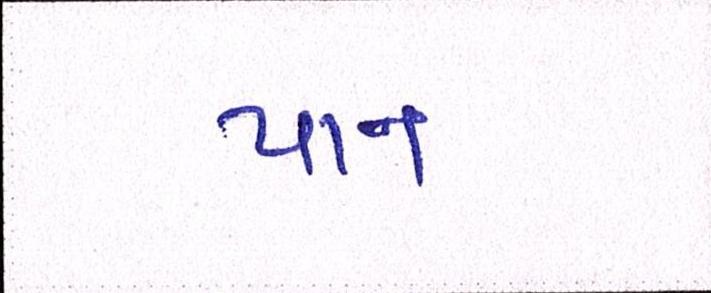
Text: પાન